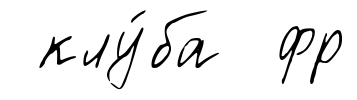
клу́ба фр